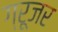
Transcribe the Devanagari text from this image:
ग्रूजर